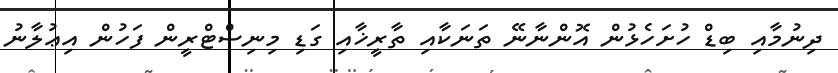
ދިނުމާއި ބިޑް ހުށަހެޅުން އޮންނާނޭ ތަނަކާއި ތާރީޚާއި ގަޑި މިނިސްޓްރީން ފަހުން އިޢުލާނު